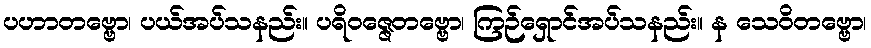
ပဟာတဗ္ဗော၊ ပယ်အပ်သနည်း။ ပရိဝဇ္ဇေတဗ္ဗော၊ ကြဉ်ရှောင်အပ်သနည်း။ န သေဝိတဗ္ဗော၊